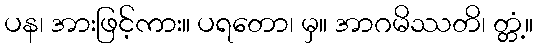
ပန၊ အားဖြင့်ကား။ ပရတော၊ မှ။ အာဂမိဿတိ၊ တ္တံ့။